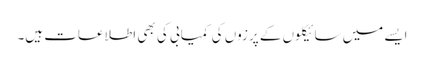
ایسے میں سائیکلوں کے پرزوں کی کمیابی کی بھی اطلاعات ہیں۔